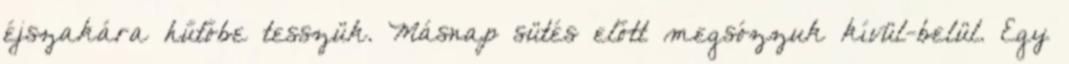
éjszakára hűtőbe tesszük. Másnap sütés előtt megsózzuk kívül-belül. Egy